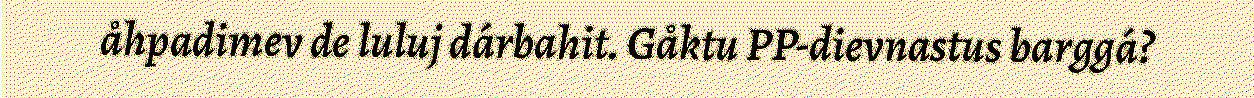
åhpadimev de luluj dárbahit. Gåktu PP-dievnastus barggá?